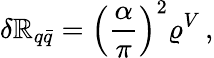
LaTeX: \delta\mathbb{R}_{q\bar{{q}}}=\left(\frac{{\alpha}}{{\pi}}\right)^{2}\varrho^{V}\, ,